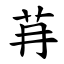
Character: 䒣